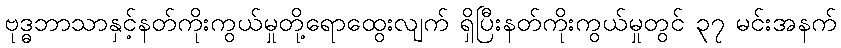
ဗုဒ္ဓဘာသာနှင့်နတ်ကိုးကွယ်မှုတို့ရောထွေးလျက် ရှိပြီးနတ်ကိုးကွယ်မှုတွင် ၃၇ မင်းအနက်